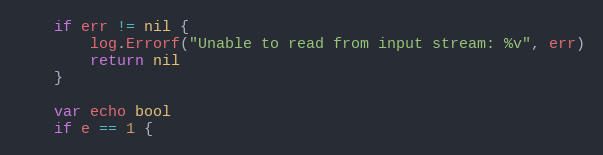
Language: Go
	if err != nil {
		log.Errorf("Unable to read from input stream: %v", err)
		return nil
	}

	var echo bool
	if e == 1 {